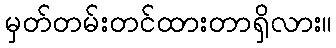
မှတ်တမ်းတင်ထားတာရှိလား။